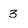
Character: 3